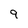
Character: 9